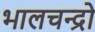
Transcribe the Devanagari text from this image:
भालचन्द्रो